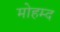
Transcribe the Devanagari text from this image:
मोहम्द